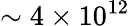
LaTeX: \sim 4\times 10^{12}